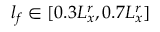
l _ { f } \in [ 0 . 3 L _ { x } ^ { r } , 0 . 7 L _ { x } ^ { r } ]